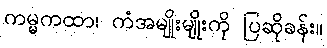
ကမ္မကထာ၊ ကံအမျိုးမျိုးကို ပြဆိုခန်း။